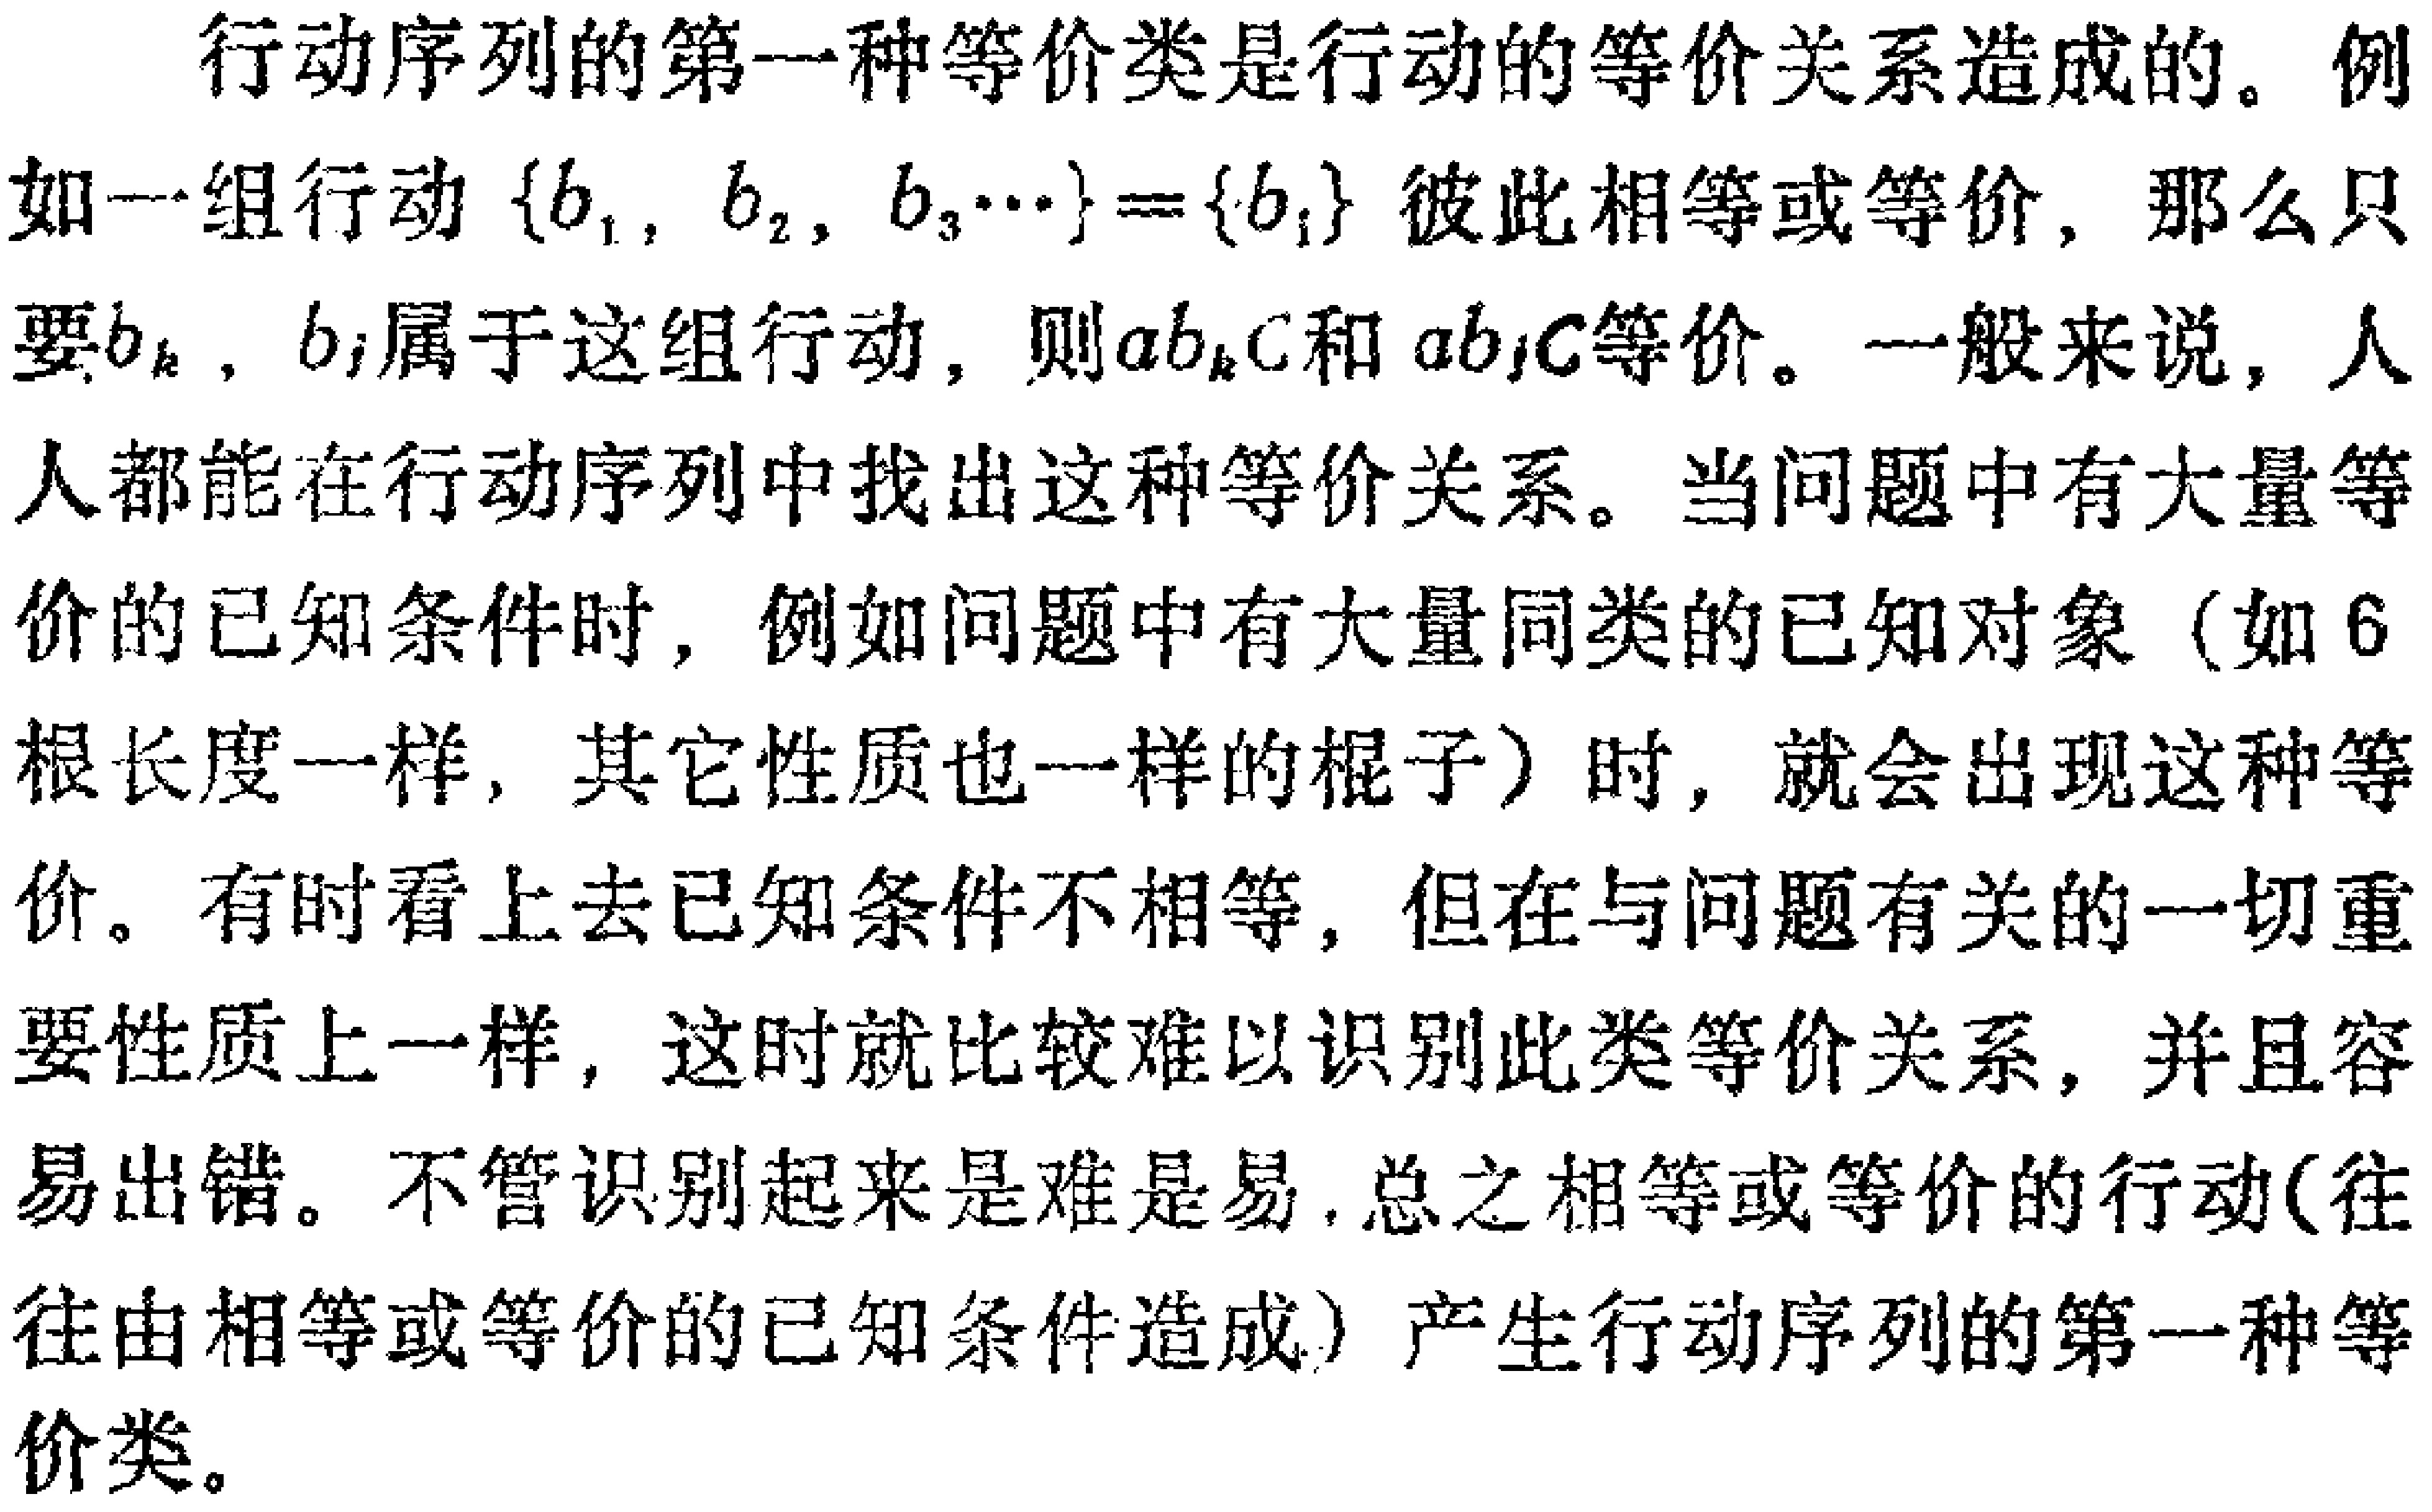
\(4200\times30\times0.5 = 600x\cdot t.\)